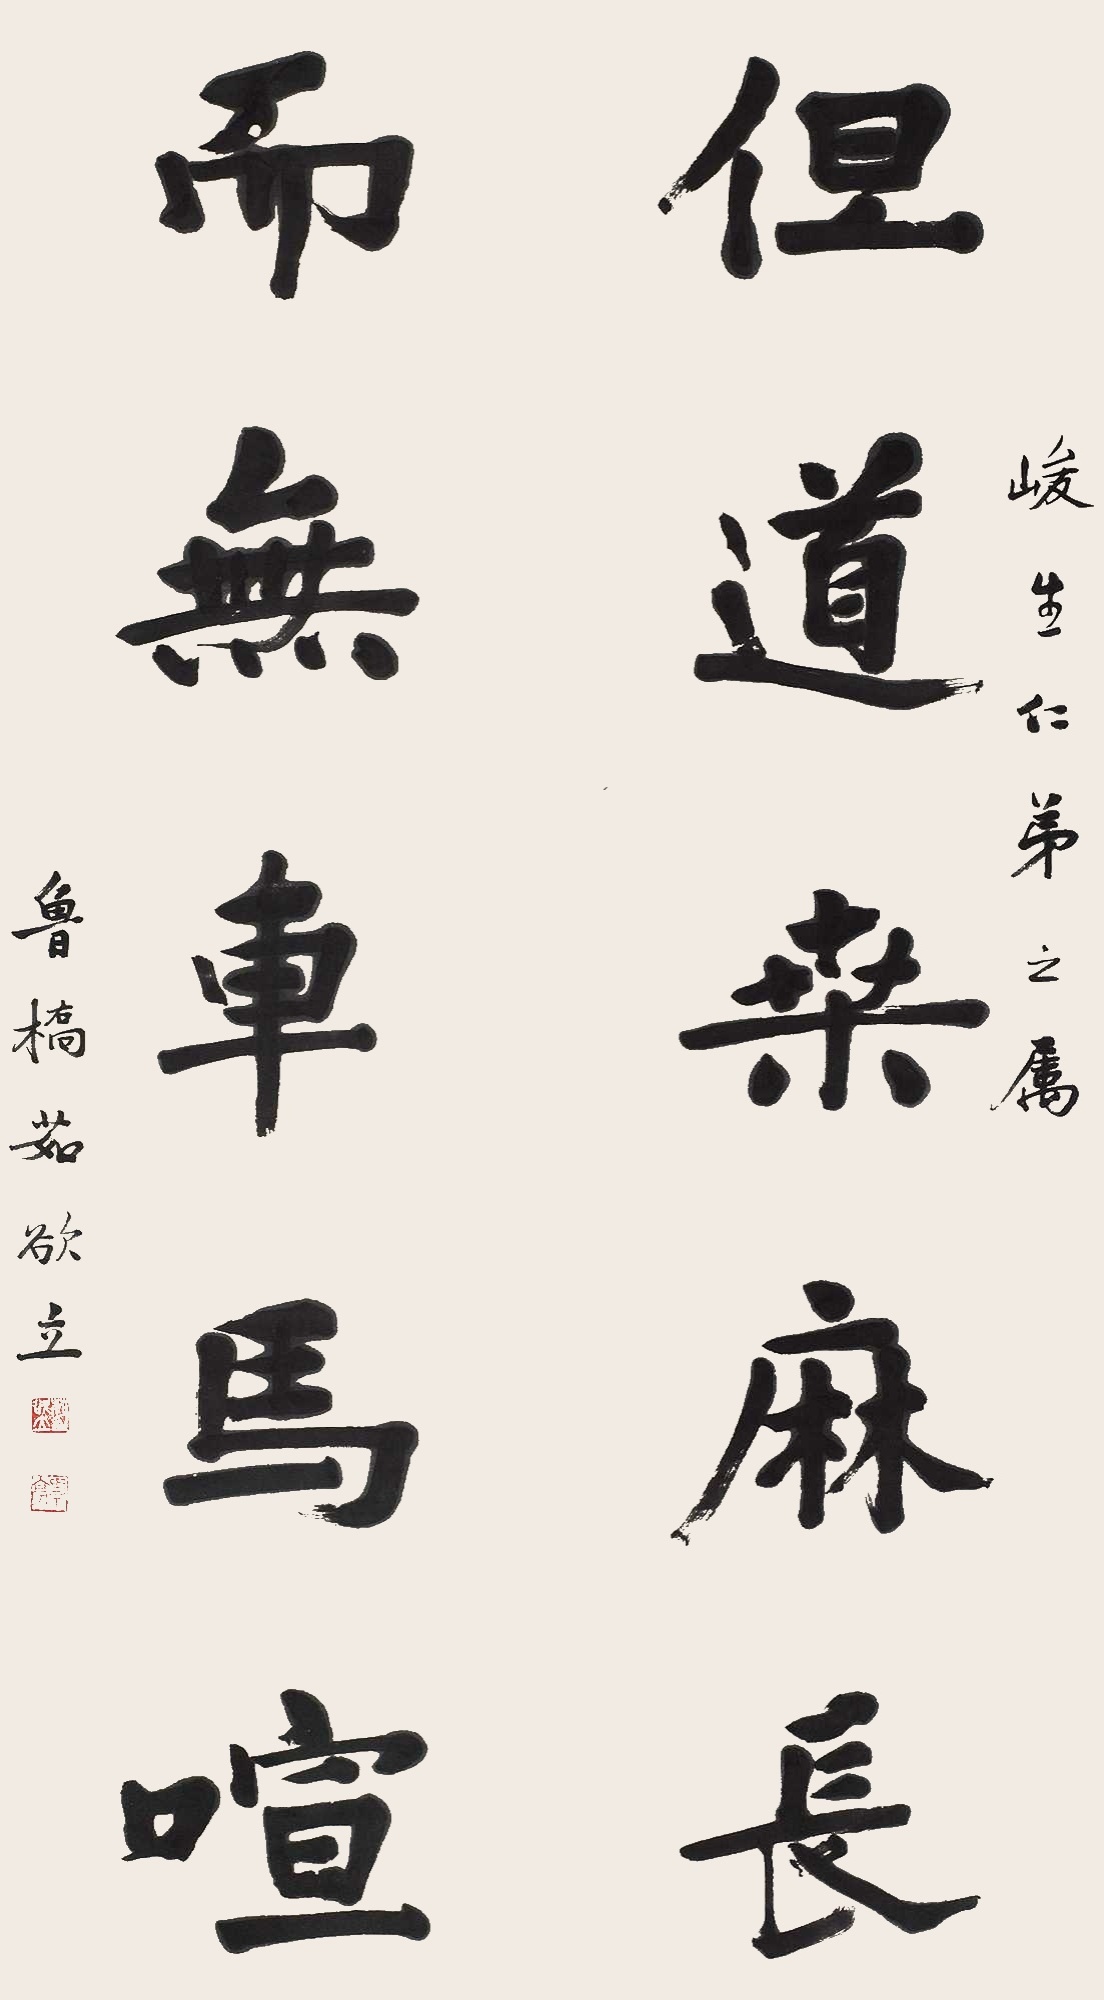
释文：但道桑麻长，而无车马喧。峻生仁弟之属，鲁桥茹欲立。